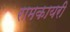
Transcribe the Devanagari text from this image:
रामकायरी